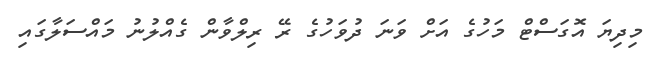
މިދިޔަ އޮގަސްޓް މަހުގެ އަށް ވަނަ ދުވަހުގެ ރޭ ރިލްވާން ގެއްލުނު މައްސަލާގައި